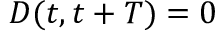
D ( t , t + T ) = 0